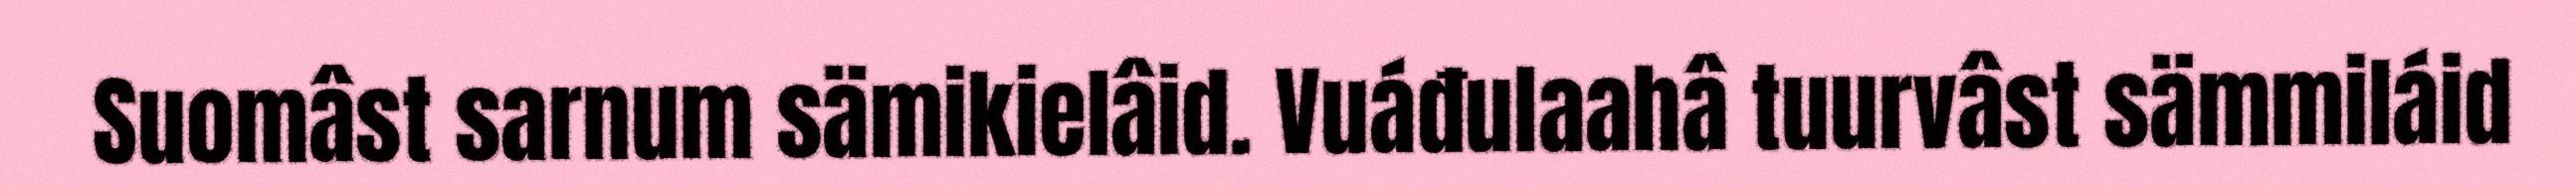
Suomâst sarnum sämikielâid. Vuáđulaahâ tuurvâst sämmiláid